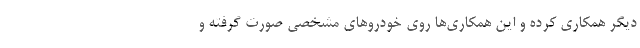
دیگر همکاری کرده و این همکاری‌ها روی خودروهای مشخصی صورت گرفته و